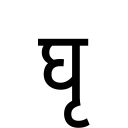
OCR:
घृ